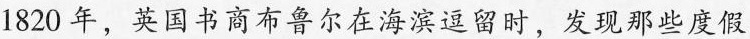
1820年，英国书商布鲁尔在海滨逗留时，发现那些度假